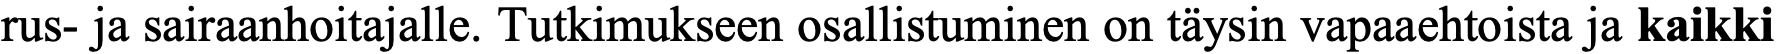
rus- ja sairaanhoitajalle. Tutkimukseen osallistuminen on täysin vapaaehtoista ja kaikki